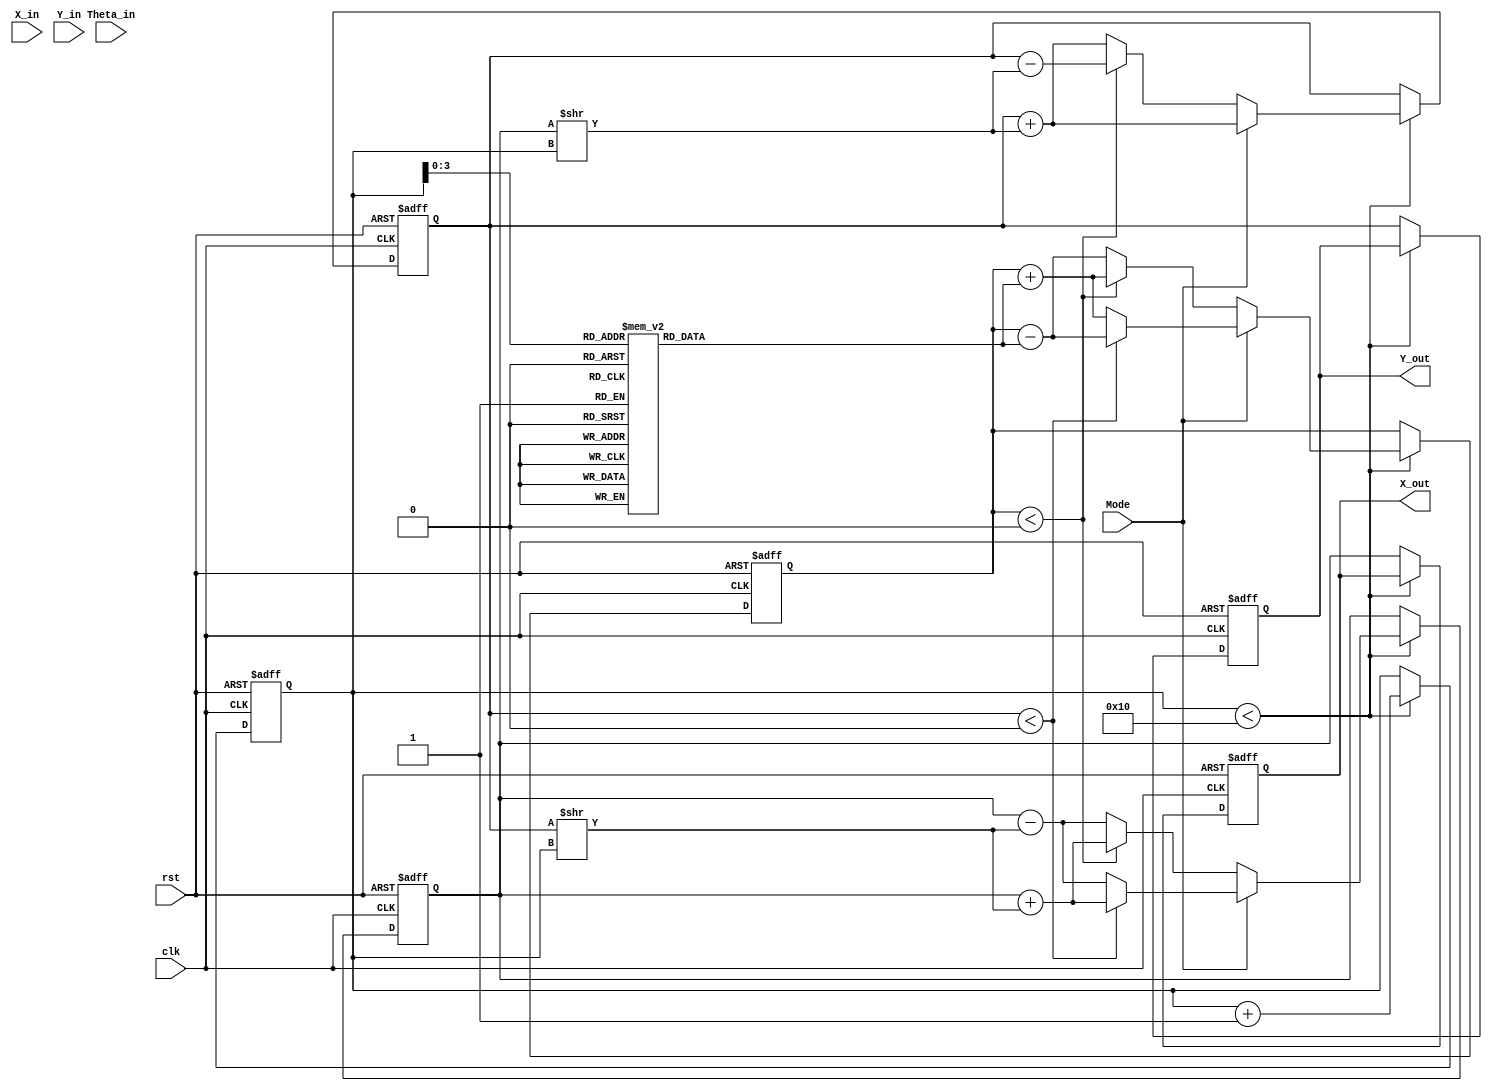
module complex_cordic (
    input wire clk,
    input wire rst,
    input wire [31:0] X_in,      // Real part of the complex input
    input wire [31:0] Y_in,      // Imaginary part of the complex input
    input wire [31:0] Theta_in,   // Angle of rotation for the CORDIC operation
    input wire Mode,              // Mode: 0 = rotation, 1 = vectoring
    output reg [31:0] X_out,      // Real part of the output
    output reg [31:0] Y_out       // Imaginary part of the output
);

    // Parameters
    parameter NUM_ITERATIONS = 16; // Number of iterations for CORDIC
    parameter ANGLE_LUT_WIDTH = 32; // Width of angle lookup table

    // Internal registers
    reg [31:0] X_reg;
    reg [31:0] Y_reg;
    reg [31:0] Theta_reg;
    reg [4:0] iteration; // Counter for iterations
    reg [31:0] angle_lut [0:NUM_ITERATIONS-1]; // Angle lookup table

    // Initialize angle lookup table (in radians, scaled)
    initial begin
        angle_lut[0] = 32'h26DD3B6A; // atan(2^-0)
        angle_lut[1] = 32'h1A626331; // atan(2^-1)
        angle_lut[2] = 32'h0FAD0A20; // atan(2^-2)
        angle_lut[3] = 32'h07A3D7E0; // atan(2^-3)
        angle_lut[4] = 32'h03C3F9A0; // atan(2^-4)
        angle_lut[5] = 32'h01F0A3D7; // atan(2^-5)
        angle_lut[6] = 32'h00FC90F3; // atan(2^-6)
        angle_lut[7] = 32'h007F8E1A; // atan(2^-7)
        angle_lut[8] = 32'h003FE0C0; // atan(2^-8)
        angle_lut[9] = 32'h001FF5C0; // atan(2^-9)
        angle_lut[10] = 32'h000FFB60; // atan(2^-10)
        angle_lut[11] = 32'h0007FFB0; // atan(2^-11)
        angle_lut[12] = 32'h0003FFB8; // atan(2^-12)
        angle_lut[13] = 32'h0001FFEC; // atan(2^-13)
        angle_lut[14] = 32'h0000FFFC; // atan(2^-14)
        angle_lut[15] = 32'h00007FFF; // atan(2^-15)
    end

    // FSM and Iteration Logic
    always @(posedge clk or posedge rst) begin
        if (rst) begin
            X_reg <= 0;
            Y_reg <= 0;
            Theta_reg <= 0;
            iteration <= 0;
            X_out <= 0;
            Y_out <= 0;
        end else begin
            if (iteration < NUM_ITERATIONS) begin
                if (Mode == 0) begin // Rotation mode
                    if (Theta_reg < 0) begin
                        X_reg <= X_reg + (Y_reg >> iteration);
                        Y_reg <= Y_reg - (X_reg >> iteration);
                        Theta_reg <= Theta_reg + angle_lut[iteration];
                    end else begin
                        X_reg <= X_reg - (Y_reg >> iteration);
                        Y_reg <= Y_reg + (X_reg >> iteration);
                        Theta_reg <= Theta_reg - angle_lut[iteration];
                    end
                end else begin // Vectoring mode
                    if (Y_reg < 0) begin
                        X_reg <= X_reg + (Y_reg >> iteration);
                        Y_reg <= Y_reg + (X_reg >> iteration);
                        Theta_reg <= Theta_reg - angle_lut[iteration];
                    end else begin
                        X_reg <= X_reg - (Y_reg >> iteration);
                        Y_reg <= Y_reg + (X_reg >> iteration);
                        Theta_reg <= Theta_reg + angle_lut[iteration];
                    end
                end
                iteration <= iteration + 1;
            end else begin
                // Final output assignment after all iterations
                X_out <= X_reg;
                Y_out <= Y_reg;
            end
        end
    end

endmodule